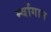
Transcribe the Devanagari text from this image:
म्बोंगान